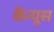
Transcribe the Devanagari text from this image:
कैन्यूस